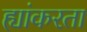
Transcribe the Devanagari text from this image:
ह्यांकरता